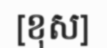
[ខុស]